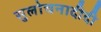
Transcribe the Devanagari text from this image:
सुलोचनादीदी